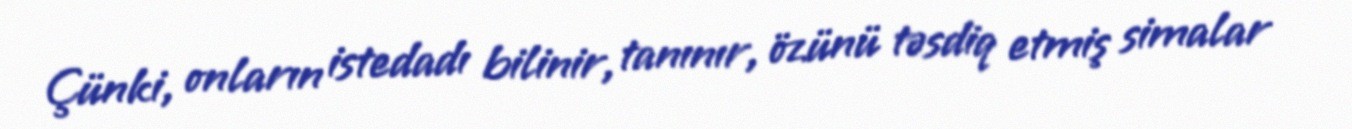
Çünki, onların istedadı bilinir, tanınır, özünü təsdiq etmiş simalar